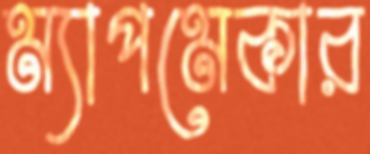
ম্যাপমেকার